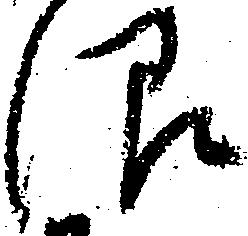
沼